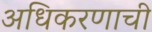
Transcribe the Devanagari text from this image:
अधिकरणाची